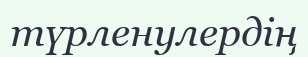
түрленулердің